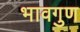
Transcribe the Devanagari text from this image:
भावगुण